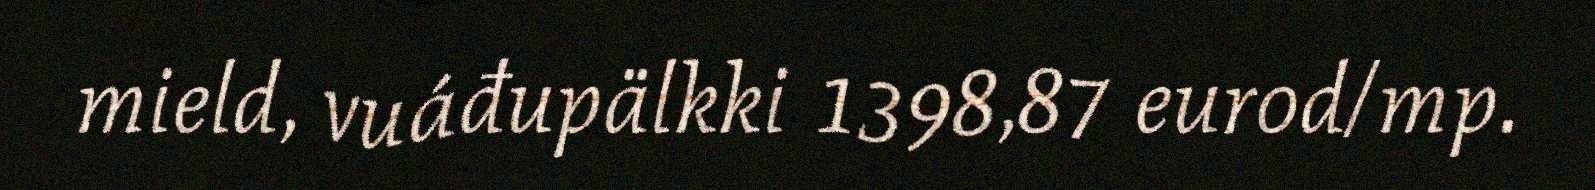
mield, vuáđupälkki 1398,87 eurod/mp.